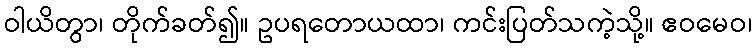
ဝါယိတွာ၊ တိုက်ခတ်၍။ ဥပရတောယထာ၊ ကင်းပြတ်သကဲ့သို့။ ဧဝမေဝ၊